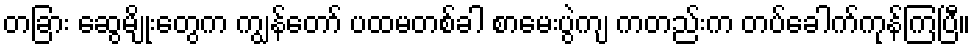
တခြား ဆွေမျိုးတွေက ကျွန်တော် ပထမတစ်ခါ စာမေးပွဲကျ ကတည်းက တပ်ခေါက်ကုန်ကြပြီ။